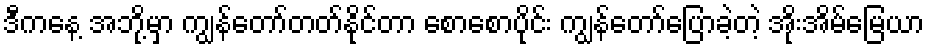
ဒီကနေ့ အဘို့မှာ ကျွန်တော်တတ်နိုင်တာ စောစောပိုင်း ကျွန်တော်ပြောခဲ့တဲ့ အိုးအိမ်မြေယာ